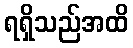
ရရှိသည်အထိ